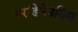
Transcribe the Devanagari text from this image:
परडिनेनसिस